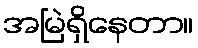
အမြဲရှိနေတာ။